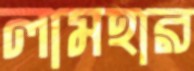
লামহার